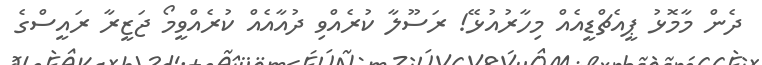
ދެން މާމޮޅު ޕީއެޗްޑީއެއް މިހާރުއުޅޭ! ރަސޫލާ ކުރެއްވި ދުއާއެއް ކުރެއްވީމޯ ޖަޒީރާ ރައީސްގެ